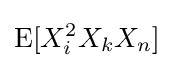
\operatorname {E} [X_{i}^{2}X_{k}X_{n}]